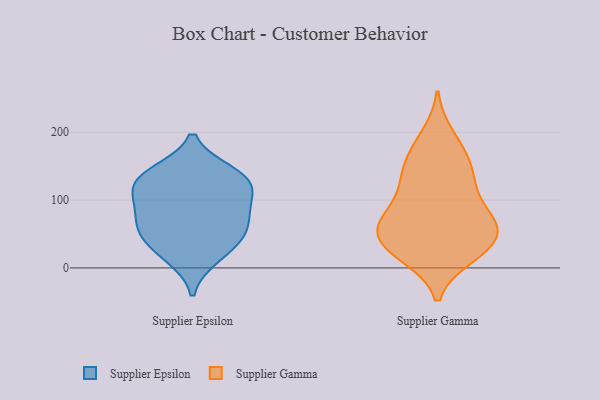
{"axis": {"x": "Bounce Rate (%)", "y": "Value"}, "legend": ["Supplier Epsilon", "Supplier Gamma"], "data": [{"x": "", "y": 131, "type": "Supplier Epsilon"}, {"x": "", "y": 57, "type": "Supplier Epsilon"}, {"x": "", "y": 36, "type": "Supplier Epsilon"}, {"x": "", "y": 88, "type": "Supplier Epsilon"}, {"x": "", "y": 56, "type": "Supplier Epsilon"}, {"x": "", "y": 120, "type": "Supplier Epsilon"}, {"x": "", "y": 139, "type": "Supplier Epsilon"}, {"x": "", "y": 17, "type": "Supplier Epsilon"}, {"x": "", "y": 127, "type": "Supplier Epsilon"}, {"x": "", "y": 85, "type": "Supplier Epsilon"}, {"x": "", "y": 21, "type": "Supplier Gamma"}, {"x": "", "y": 47, "type": "Supplier Gamma"}, {"x": "", "y": 140, "type": "Supplier Gamma"}, {"x": "", "y": 21, "type": "Supplier Gamma"}, {"x": "", "y": 158, "type": "Supplier Gamma"}, {"x": "", "y": 58, "type": "Supplier Gamma"}, {"x": "", "y": 195, "type": "Supplier Gamma"}, {"x": "", "y": 96, "type": "Supplier Gamma"}, {"x": "", "y": 115, "type": "Supplier Gamma"}, {"x": "", "y": 48, "type": "Supplier Gamma"}, {"x": "", "y": 132, "type": "Supplier Gamma"}, {"x": "", "y": 182, "type": "Supplier Gamma"}, {"x": "", "y": 67, "type": "Supplier Gamma"}, {"x": "", "y": 25, "type": "Supplier Gamma"}, {"x": "", "y": 86, "type": "Supplier Gamma"}, {"x": "", "y": 147, "type": "Supplier Gamma"}, {"x": "", "y": 70, "type": "Supplier Gamma"}, {"x": "", "y": 53, "type": "Supplier Gamma"}, {"x": "", "y": 17, "type": "Supplier Gamma"}, {"x": "", "y": 59, "type": "Supplier Gamma"}]}